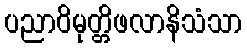
ပညာဝိမုတ္တိဖလာနိသံသာ